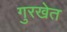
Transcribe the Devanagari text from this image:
गुरखेत